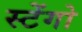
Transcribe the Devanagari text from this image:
स्टेंगो